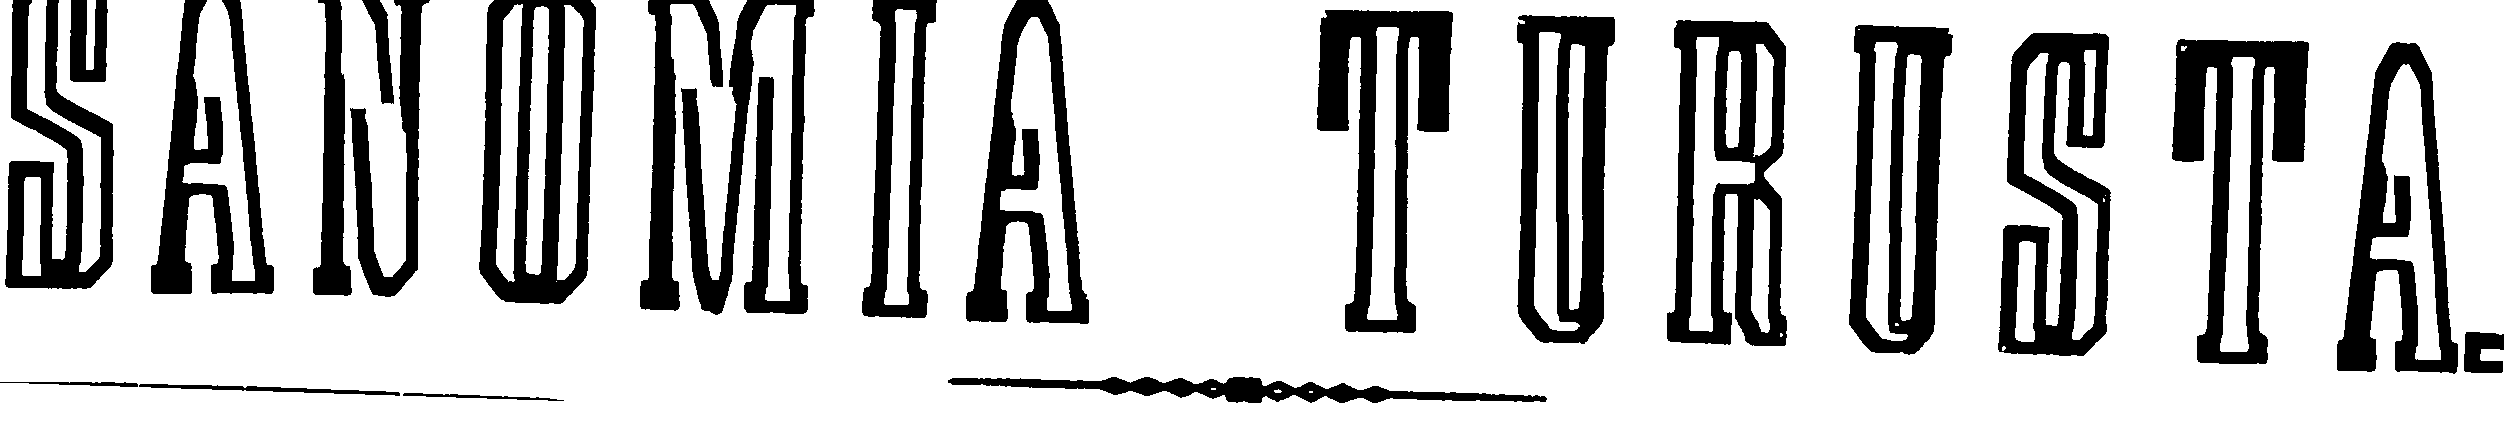
SANOMIA TURUSTA